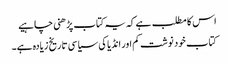
اس کا مطلب ہے کہ یہ کتاب پڑھنی چاہیے
کتاب خود نوشت کم اور انڈیا کی سیاسی تاریخ زیادہ ہے۔